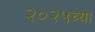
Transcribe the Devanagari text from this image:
२०२५च्या